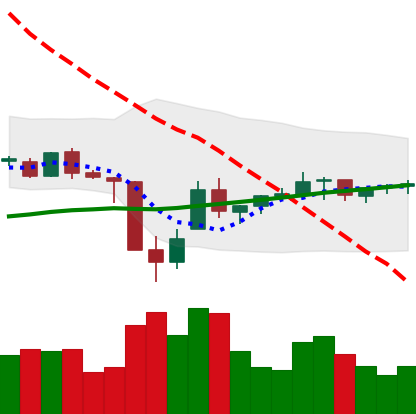
Ticker: TRX-USD
Chart end date: 2021-07-04
Forward return: -7.608%
Label: down_7plus